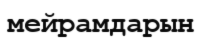
мейрамдарын